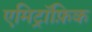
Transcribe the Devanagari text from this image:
एमिट्रॉफ़िक